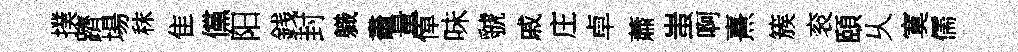
撲躋場秣隹儻阳銭封軄畵量悼味虢戚庄卓蕭蚩啊熹簇衮頤乆寞儒